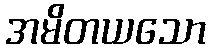
အမိတယသော